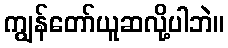
ကျွန်တော်ယူဆလို့ပါဘဲ။